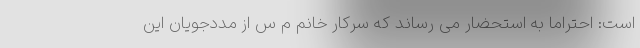
است: احتراماً به استحضار می رساند که سرکار خانم م س از مددجویان این